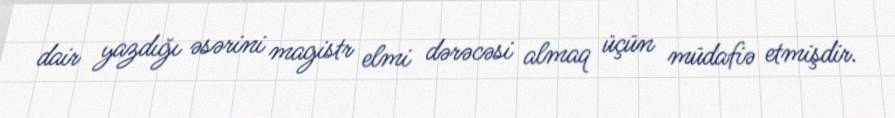
dair yazdığı əsərini magistr elmi dərəcəsi almaq üçün müdafiə etmişdir.